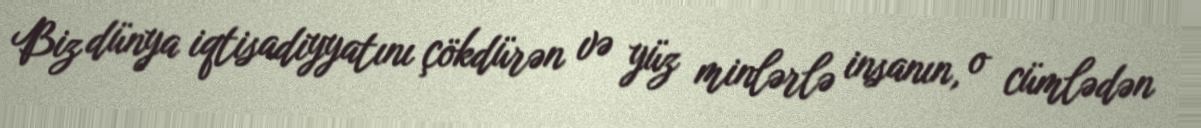
Biz dünya iqtisadiyyatını çökdürən və yüz minlərlə insanın, o cümlədən